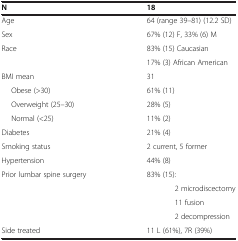
<table><thead><tr><td><b>N</b></td><td><b>18</b></td></tr></thead><tbody><tr><td>Age</td><td>64 (range 39–81) (12.2 SD)</td></tr><tr><td>Sex</td><td>67% (12) F, 33% (6) M</td></tr><tr><td rowspan="2">Race</td><td>83% (15) Caucasian</td></tr><tr><td>17% (3) African American</td></tr><tr><td>BMI mean</td><td>31</td></tr><tr><td> Obese (&gt;30)</td><td>61% (11)</td></tr><tr><td> Overweight (25–30)</td><td>28% (5)</td></tr><tr><td> Normal (&lt;25)</td><td>11% (2)</td></tr><tr><td>Diabetes</td><td>21% (4)</td></tr><tr><td>Smoking status</td><td>2 current, 5 former</td></tr><tr><td>Hypertension</td><td>44% (8)</td></tr><tr><td rowspan="4">Prior lumbar spine surgery</td><td>83% (15):</td></tr><tr><td>2 microdiscectomy</td></tr><tr><td>11 fusion</td></tr><tr><td>2 decompression</td></tr><tr><td>Side treated</td><td>11 L (61%), 7R (39%)</td></tr></tbody></table>